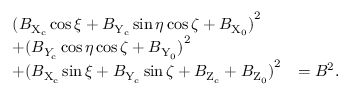
\begin{array} { l l } { { ( B _ { \mathrm { X } _ { \mathrm { c } } } \cos \xi + B _ { \mathrm { Y } _ { \mathrm { c } } } \sin \eta \cos \zeta + B _ { \mathrm { X } _ { 0 } } ) } ^ { 2 } } \\ { + { ( B _ { Y _ { \mathrm { c } } } \cos \eta \cos \zeta + B _ { \mathrm { Y } _ { 0 } } ) } ^ { 2 } } \\ { + { ( B _ { \mathrm { X } _ { \mathrm { c } } } \sin \xi + B _ { \mathrm { Y } _ { \mathrm { c } } } \sin \zeta + B _ { \mathrm { Z } _ { \mathrm { c } } } + B _ { \mathrm { Z } _ { 0 } } ) } ^ { 2 } } & { = { B } ^ { 2 } . } \end{array}